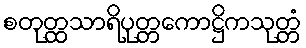
စတုတ္ထသာရိပုတ္တကောဋ္ဌိကသုတ္တံ